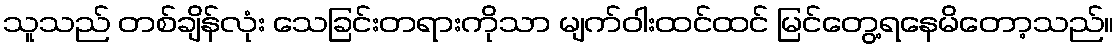
သူသည် တစ်ချိန်လုံး သေခြင်းတရားကိုသာ မျက်ဝါးထင်ထင် မြင်တွေ့ရနေမိတော့သည်။